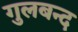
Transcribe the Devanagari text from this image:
गुलबन्द